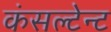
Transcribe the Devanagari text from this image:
कंसल्टेन्ट